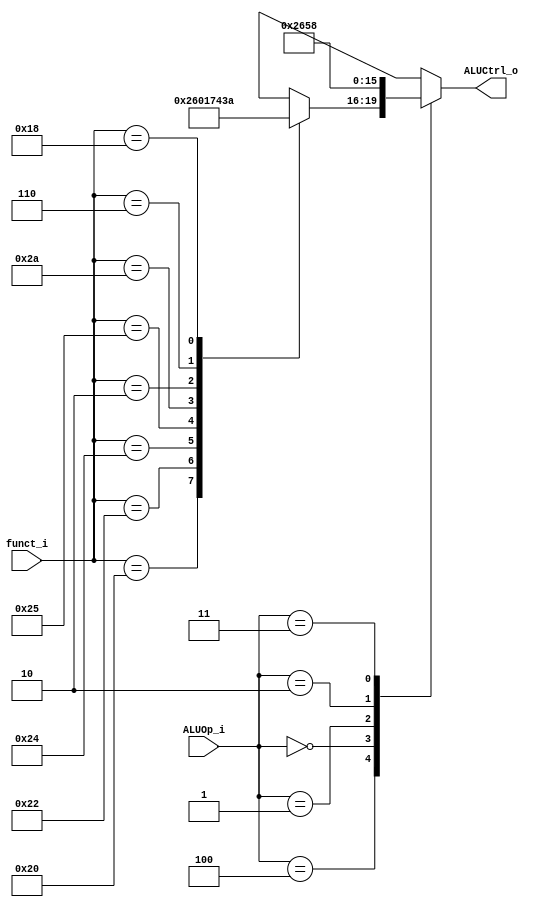
//0312236 dNZ 0312241 y
//Subject:     CO project 4 - ALU Controller
//--------------------------------------------------------------------------------
//Version:     1
//--------------------------------------------------------------------------------
//Writer:      
//----------------------------------------------
//Date:        
//----------------------------------------------
//Description: 
//--------------------------------------------------------------------------------

module ALU_Ctrl(
          funct_i,
          ALUOp_i,
          ALUCtrl_o
//			 JrSelect_o
          );
          
//I/O ports 
input      [6-1:0] funct_i;
input      [3-1:0] ALUOp_i;

output     [4-1:0] ALUCtrl_o;    
//output		  		 JrSelect_o;
//Internal Signals
reg        [4-1:0] ALUCtrl_o;



//Parameter
/*
add 0010 2
sub 0110 6
and 0000 0
or  0001 1
slt 0111 7
addi 0010 2
slti 0111 7
beq 0110 6
SRL 0100 4
SRLV 0011 3
mul 1010 10
*/

//assign JrSelect = (ALUOp_i == 3'b100 && funct_i == 6'b001000) ? 1 : 0;

always@(*) begin
    case (ALUOp_i)
        3'b100:	// R-type
            case (funct_i)	// add sub and or slt
					6'b100000: ALUCtrl_o <= 4'b0010;	// add    
					6'b100010: ALUCtrl_o <= 4'b0110; // sub
               6'b100100: ALUCtrl_o <= 4'b0000; // and   
               6'b100101: ALUCtrl_o <= 4'b0001; // or   
               6'b101010: ALUCtrl_o <= 4'b0111; // slt
					6'b000010: ALUCtrl_o <= 4'b0100; // srl
					6'b000110: ALUCtrl_o <= 4'b0011; // srlv
					6'b011000: ALUCtrl_o <= 4'b1010; // mul
//					6'b001000: ALUCtrl_o <= 4'b1011; // jr
               default:   ALUCtrl_o <= 4'bxxxx;
            endcase
        3'b000:   // addi
				ALUCtrl_o <= 4'b0010;                   
		  3'b001:	// beq  
				ALUCtrl_o <= 4'b0110;
		  3'b010:	// lui
				ALUCtrl_o <= 4'b0101;
		  3'b011:	// ori
				ALUCtrl_o <= 4'b1000;
/*		  3'b101:	// bne bnez 
				ALUCtrl_o <= 4'b1001;
		  3'b110:	// blt bgez
				ALUCtrl_o <= 4'b0110;	// sub*/
        default: ALUCtrl_o <= 4'bxxxx;
    endcase
end




       
//Select exact operation

endmodule